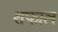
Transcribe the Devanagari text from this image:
शफाल